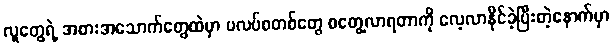
လူတွေရဲ့ အစားအသောက်တွေထဲမှာ ပလပ်စတစ်တွေ စတွေ့လာရတာကို လေ့လာနိုင်ခဲ့ပြီးတဲ့နောက်မှာ